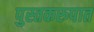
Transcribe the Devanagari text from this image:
पुस्तकरुपात